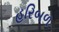
હરિબળ